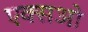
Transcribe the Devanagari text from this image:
एक्सओ